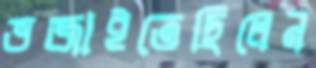
ভজাইতেছিলেন